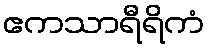
ဧကသာရီရိကံ